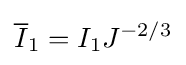
{\overline {I}}_{1}={I}_{1}J^{-2/3}